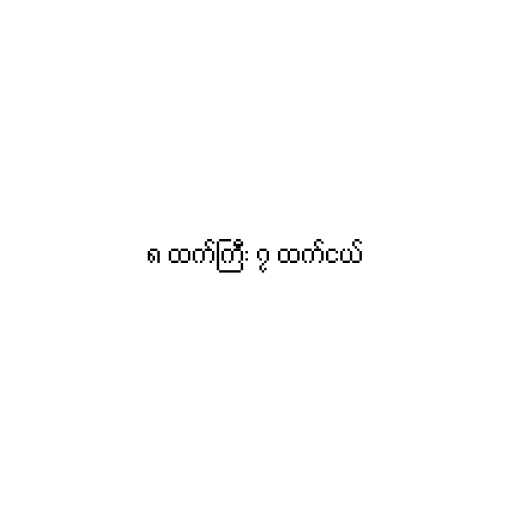
၈ ထက်ကြီး ၇ ထက်ငယ်